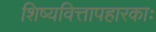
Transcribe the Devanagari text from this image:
शिष्यवित्तापहारकाः